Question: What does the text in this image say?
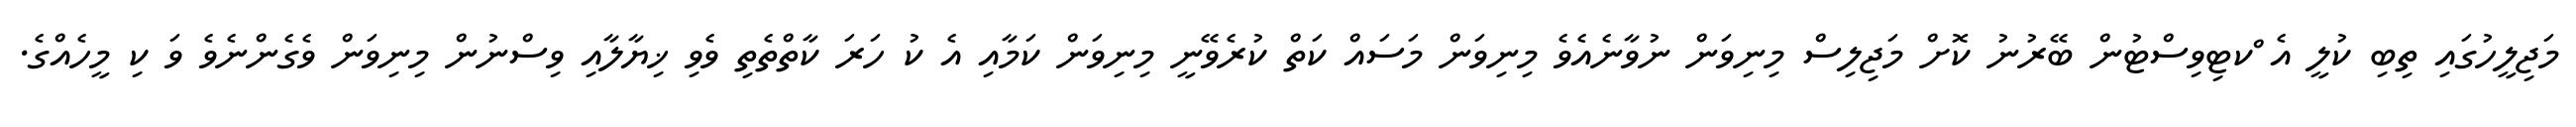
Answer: މަޖިލީހުގައި ތިބި ކުލީ އެ ްކޓިވިސްޓުން ބޭރުނު ކޮށް މަޖިލިސް މިނިވަން ނުވާނެއެވެ މިނިވަން މަސައް ކަތް ކުރެވޭނީ މިނިވަން ކަމާއި އެ ކު ހަރަ ކާތްތެތި ވެވި ޚިޔާލާއި ވިސްނުން މިނިވަން ވެގެންނެވެ ވަ ކި މީހެއްގެ.